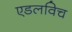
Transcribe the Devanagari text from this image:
एडलविच